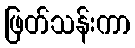
ဖြတ်သန်းကာ